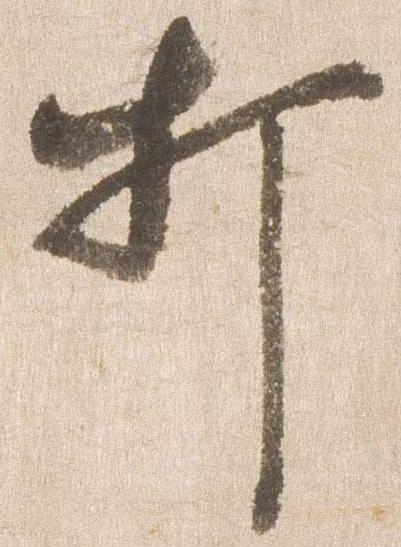
打